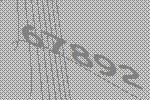
67892